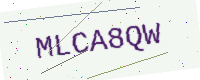
Text: MLCA8QW